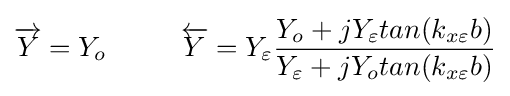
{\overrightarrow {Y}}=Y_{o}\ \ \ \ \ \ \ \ {\overleftarrow {Y}}=Y_{\varepsilon }{\frac {Y_{o}+jY_{\varepsilon }tan(k_{x\varepsilon }b)}{Y_{\varepsilon }+jY_{o}tan(k_{x\varepsilon }b)}}